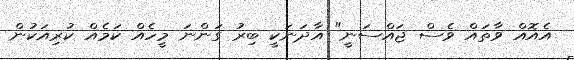
އެއޮއް ވާތައް ވެސް ޖައްސަނީ" އާދަނަކީ ބިރު ގަންނަ މީހެއް ކަމެއް ކުރިއަކުން